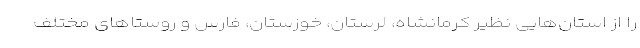
را از استان‌هایی نظیر کرمانشاه، لرستان، خوزستان، فارس و روستاهای مختلف